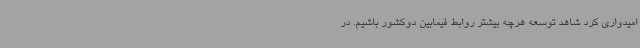
امیدواری کرد شاهد توسعه هرچه بیشتر روابط فیمابین دوکشور باشیم. در